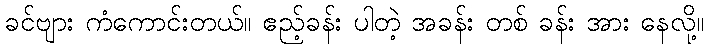
ခင်ဗျား ကံကောင်းတယ်။ ဧည့်ခန်း ပါတဲ့ အခန်း တစ် ခန်း အား နေလို့။